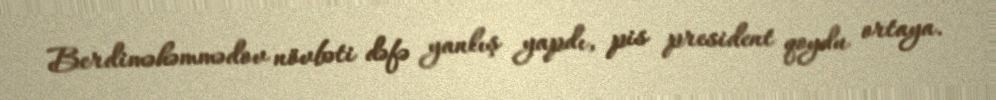
Berdiməhəmmədov növbəti dəfə yanlış yapdı, pis president qoydu ortaya.